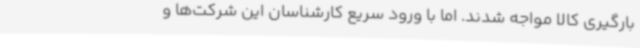
بارگیری کالا مواجه شدند. اما با ورود سریع کارشناسان این شرکت‌ها و